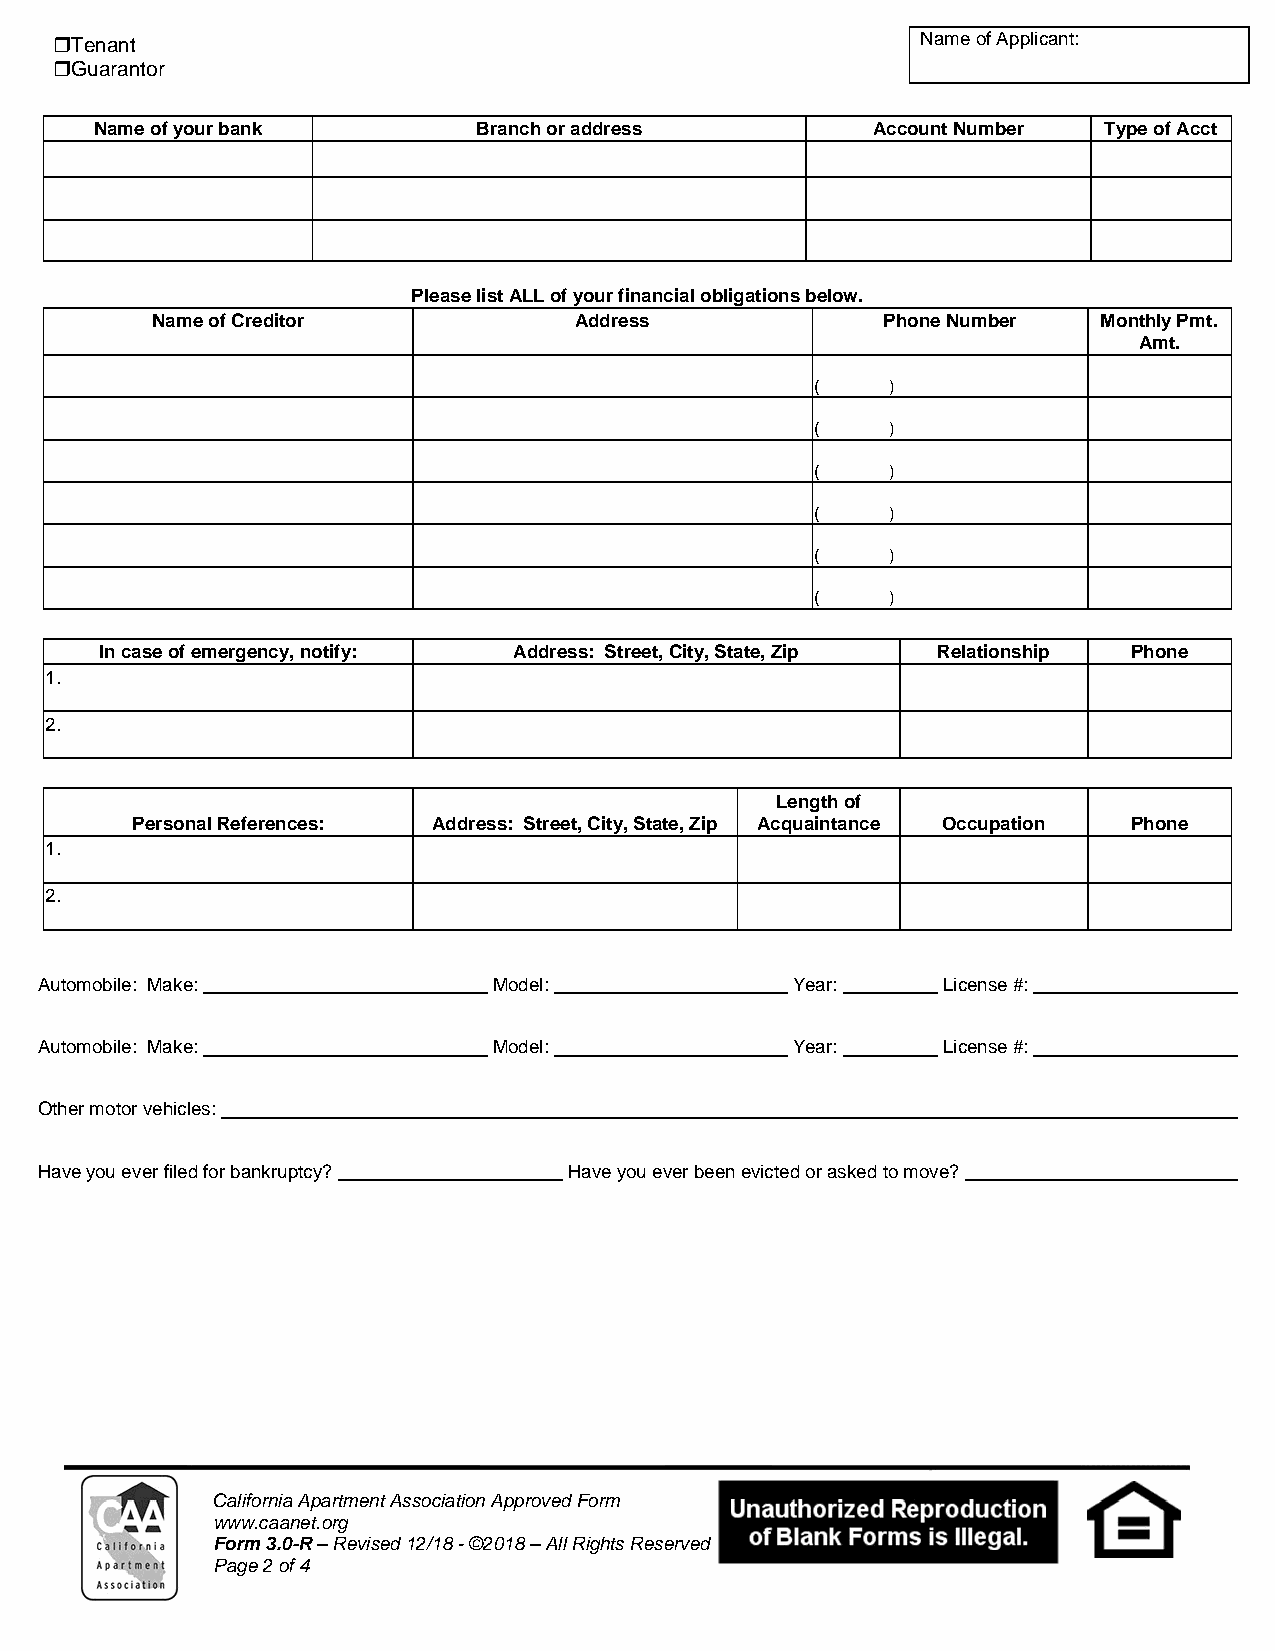
Tenant                                                   Name of Applicant:
 Guarantor
 Name of your bank         Branch or address         Account Number Type of Acct
 Please list ALL of your financial obligations below.
 Name of Creditor            Address             Phone Number   Monthly Pmt.
 Amt.
 (    )
 (    )
 (    )
 (    )
 (    )
 (    )
 In case of emergency, notify: Address: Street, City, State, Zip Relationship Phone
 1.
 2.
 Length of
 Personal References: Address: Street, City, State, Zip Acquaintance Occupation Phone
 1.
 2.
 Automobile: Make:              Model:             Year:     License #:
 Automobile: Make:              Model:             Year:     License #:
 Other motor vehicles:
 Have you ever filed for bankruptcy? Have you ever been evicted or asked to move?
 California Apartment Association Approved Form
 www.caanet.org
 Form 3.0-R – Revised 12/18 - ©2018 – All Rights Reserved
 Page 2 of 4